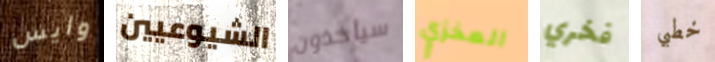
وايس الشيوعيين سيأخذون المخزي فخري خطبي